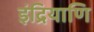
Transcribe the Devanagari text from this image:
इंद्रियाणि